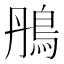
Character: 鴅